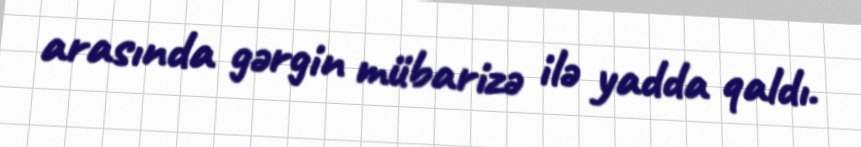
arasında gərgin mübarizə ilə yadda qaldı.